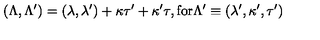
( \Lambda , \Lambda ^ { \prime } ) = ( \lambda , \lambda ^ { \prime } ) + \kappa \tau ^ { \prime } + \kappa ^ { \prime } \tau , \mathrm { f o r } \Lambda ^ { \prime } \equiv ( \lambda ^ { \prime } , \kappa ^ { \prime } , \tau ^ { \prime } )